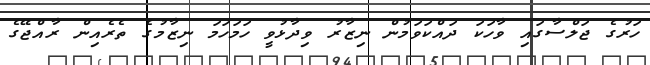
ހަރުގެ ޖަލްސާގައި ވާހަކަ ދައްކަވަމުން ނިޒާރު ވިދާޅުވީ ހަމަހަމަ ނިޒާމުގެ ތެރެއިން ރާއްޖޭގެ